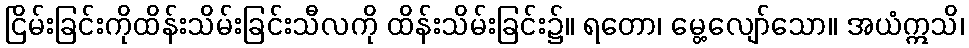
ငြိမ်းခြင်းကိုထိန်းသိမ်းခြင်းသီလကို ထိန်းသိမ်းခြင်း၌။ ရတော၊ မွေ့လျော်သော။ အယံဣသိ၊